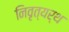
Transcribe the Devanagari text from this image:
निवृत्यर्थ